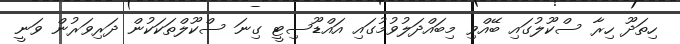
ހިތަދޫ ހިރާ ސްކޫލުގައި ބޭއްވި މިބައްދަލުވުމުގައި އައްޑޫސިޓީ ގިނަ ސްކޫލްތަކަކުން ދަރިވަރުން ވަނީ